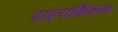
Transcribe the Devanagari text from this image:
हाइरार्किकल